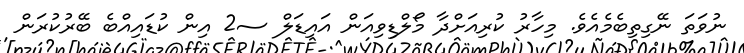
ނުވަތަ ނޭގިތިބެމެއެވެ. މިހާރު ކުރިއަށްދާ މޯލްޑިވިއަން އައިޑަލް ސ2 އިން ކުޑައިއްބެ ބޭރުކުރަން